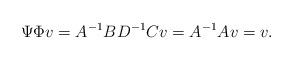
LaTeX: \begin{align*}\Psi \Phi v = A^{-1} B D^{-1} C v = A^{-1} A v = v.\end{align*}